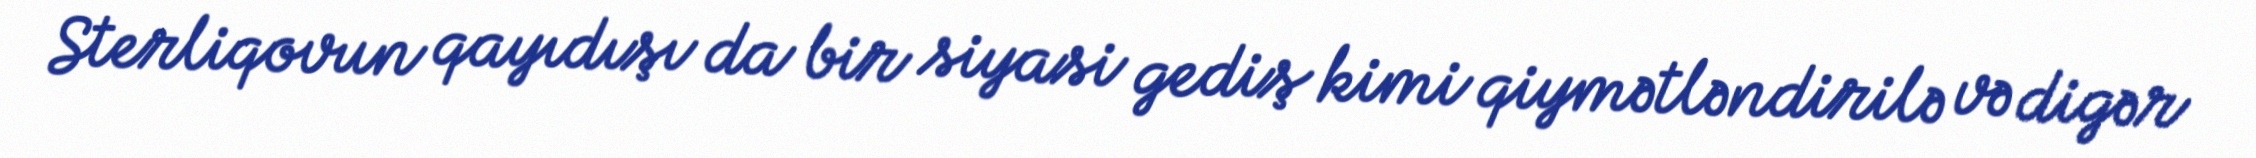
Sterliqovun qayıdışı da bir siyasi gediş kimi qiymətləndirilə və digər